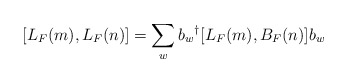
\begin{align*}[L_F(m),L_F(n)] = \sum_w b_w{}^{\dag} [L_F(m),B_F(n)]b_w\end{align*}